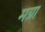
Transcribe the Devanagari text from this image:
मग्रा